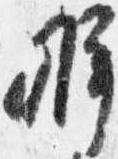
弁